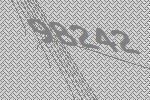
98242